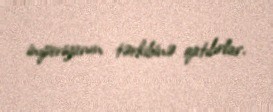
imperiyanın tərkibinə qatılırlar.